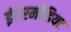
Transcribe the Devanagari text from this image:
इंटरमीडियट